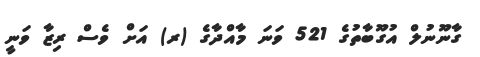
ގާނޫނުލް އުގޫބާތުގެ 521 ވަނަ މާއްދާގެ (ރ) އަށް ވެސް ރިޒާ ވަނީ